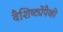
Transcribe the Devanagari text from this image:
वैशिष्ट्येंपैकी